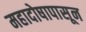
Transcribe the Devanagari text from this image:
महादोषापासून